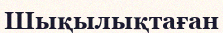
Шықылықтаған